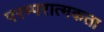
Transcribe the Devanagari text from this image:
परम्परात्मकता